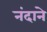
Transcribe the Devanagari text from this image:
नंदाने